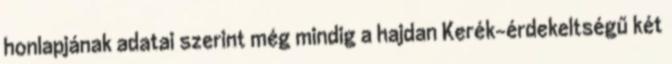
honlapjának adatai szerint még mindig a hajdan Kerék-érdekeltségű két